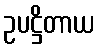
ဥပဋ္ဌိတာယ